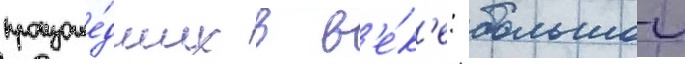
произоше́дших в в'е́к'е: большои